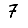
Digit: 7